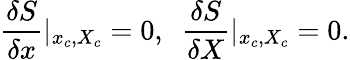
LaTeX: \frac{\delta S}{\delta x}|_{x_{c},X_{c}}=0,\ \ \frac{\delta S}{\delta X}|_{x_{c},X_{c}}=0.